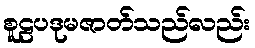
စူဠပဒုမဇာတ်သည်လည်း